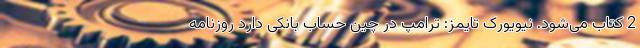
2 کتاب می‌شود. نیویورک تایمز: ترامپ در چین حساب بانکی دارد روزنامه